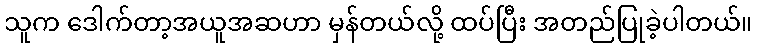
သူက ဒေါက်တာ့အယူအဆဟာ မှန်တယ်လို့ ထပ်ပြီး အတည်ပြုခဲ့ပါတယ်။